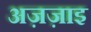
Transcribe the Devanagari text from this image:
अज़ज़ाइ